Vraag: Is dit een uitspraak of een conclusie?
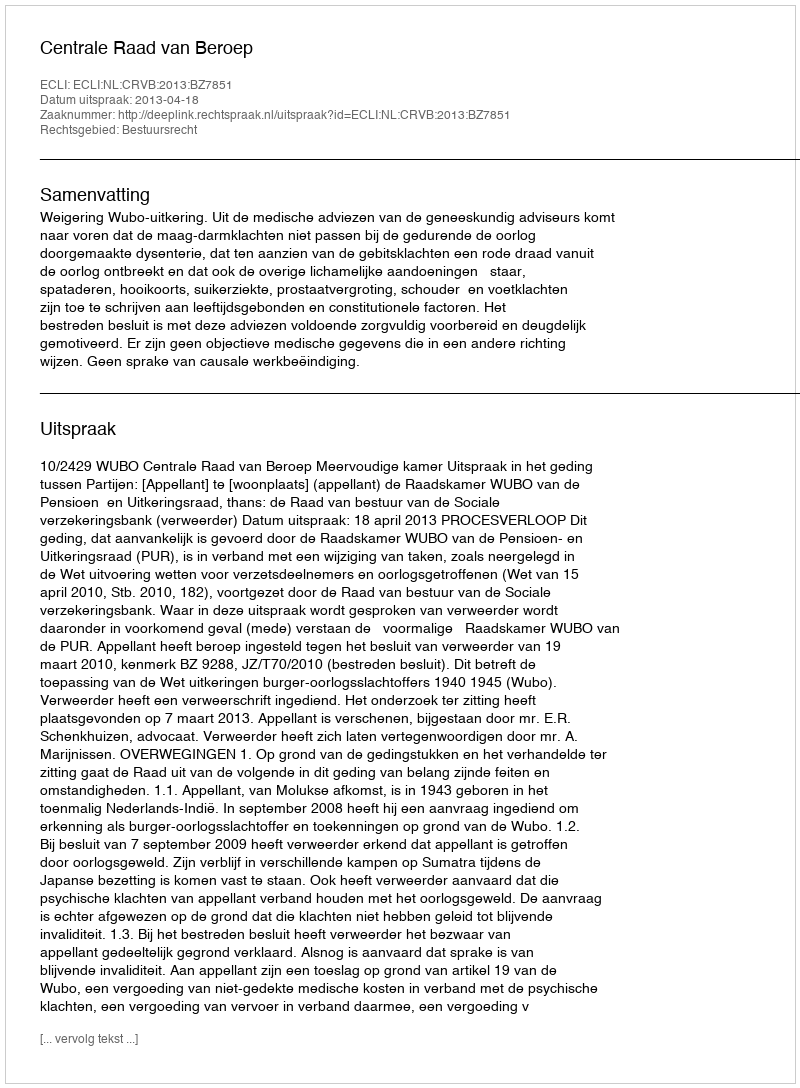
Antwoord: Uitspraak